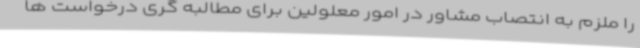
را ملزم به انتصاب مشاور در امور معلولین برای مطالبه گری درخواست ها